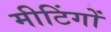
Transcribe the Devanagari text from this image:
मीटिंगों